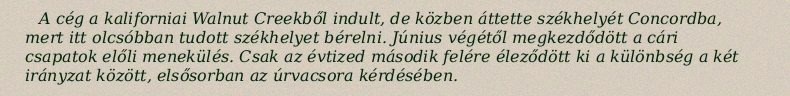
A cég a kaliforniai Walnut Creekből indult, de közben áttette székhelyét Concordba, mert itt olcsóbban tudott székhelyet bérelni. Június végétől megkezdődött a cári csapatok előli menekülés. Csak az évtized második felére éleződött ki a különbség a két irányzat között, elsősorban az úrvacsora kérdésében.